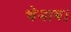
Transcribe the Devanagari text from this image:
चेनाब।